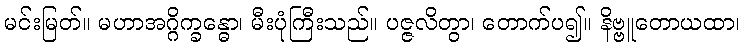
မင်းမြတ်။ မဟာအဂ္ဂိက္ခန္ဓော၊ မီးပုံကြီးသည်။ ပဇ္ဇလိတွာ၊ တောက်ပ၍။ နိဗ္ဗူတောယထာ၊